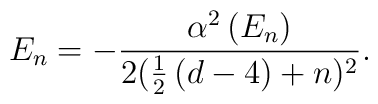
E_n=-\frac{\alpha ^2\left( E_n\right) }{2(\frac 12\left( d-4\right) +n )^2}.